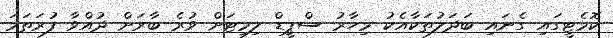
ކޮމެޓީގައި ގެނައި ބަދަލުތަކާއެކު މިހާރު ސްޕީޑް ލިމިޓަށް ވުރެ ބާރަށް ދުއްވާ ފުރަތަމަ